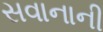
સવાનાની